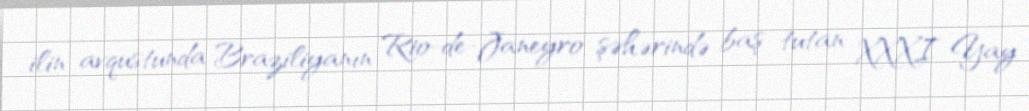
ilin avqustunda Braziliyanın Rio-de-Janeyro şəhərində baş tutan XXXI Yay